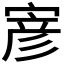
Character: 𭔂